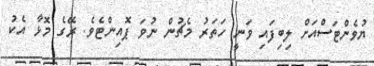
ޔުވެންޓަސްއަށް ލިބިފައި ވަނީ ހަތަރު މެޗުން ނުވަ ޕޮއިންޓެވެ. ރޭގެ މޮޅާ އެކު